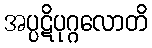
အပ္ပဋိပုဂ္ဂလောတိ